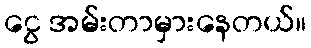
ငွေ အမ်းတာမှားနေတယ်။